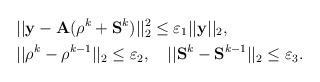
\begin{align*}&||\mathbf{y} - \mathbf{A} (\rho^k+\mathbf{S}^k) ||_2^2 \leq \varepsilon_1||\mathbf{y}||_2, \\&||\mathbf{\rho}^k-\mathbf{\rho}^{k-1}||_2\leq \varepsilon_2, \ \ \ ||\mathbf{S}^k-\mathbf{S}^{k-1}||_2\leq \varepsilon_3.\end{align*}